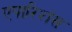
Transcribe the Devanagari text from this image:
एपारिशंस